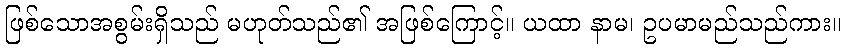
ဖြစ်သောအစွမ်းရှိသည် မဟုတ်သည်၏ အဖြစ်ကြောင့်။ ယထာ နာမ၊ ဥပမာမည်သည်ကား။